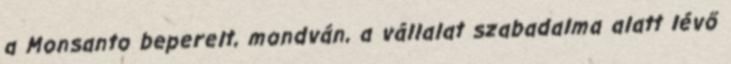
a Monsanto beperelt, mondván, a vállalat szabadalma alatt lévő